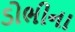
ડોભીના